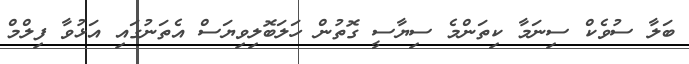
ބަލާ ސުވެކް ސިނަމާ ކިތަންމެ ސިޔާސީ ގޮތުން ހަލަބޮލިވިޔަސް އެތަނުގައި އަޅުވާ ފިލްމް